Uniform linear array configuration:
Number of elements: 48
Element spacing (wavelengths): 0.5
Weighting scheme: exponential
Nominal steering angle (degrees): -15
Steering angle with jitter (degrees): -13.723
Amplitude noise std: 0.05
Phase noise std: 0.05

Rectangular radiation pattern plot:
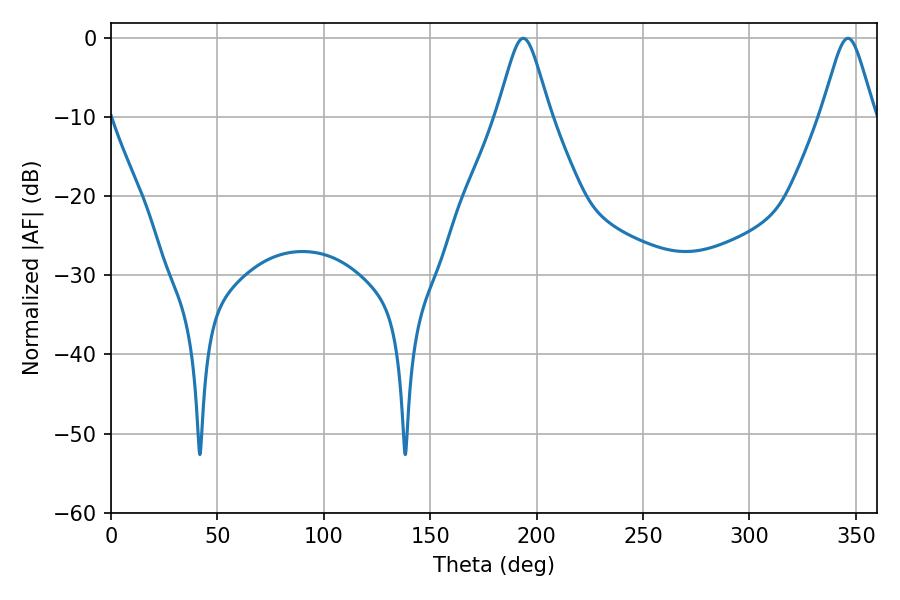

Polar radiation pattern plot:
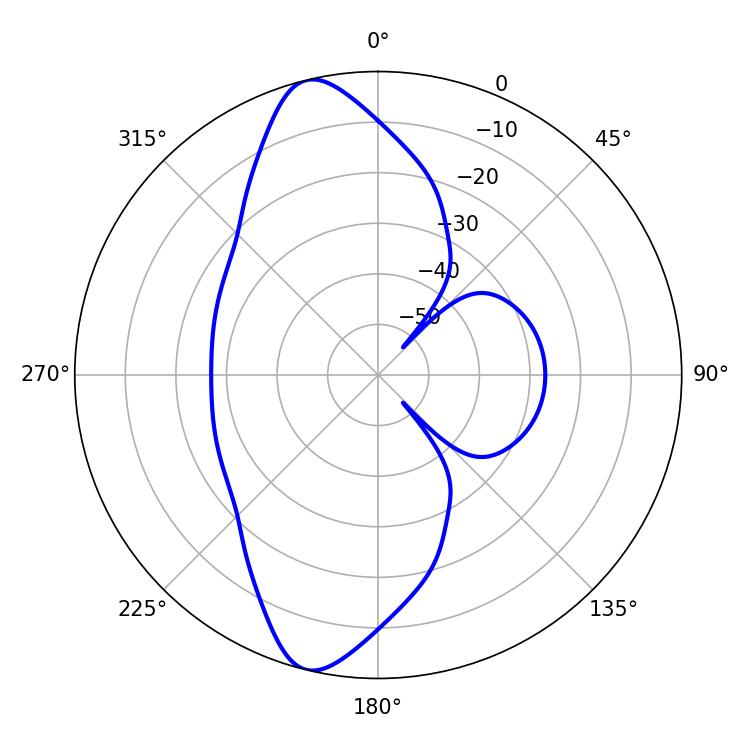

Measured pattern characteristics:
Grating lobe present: FALSE
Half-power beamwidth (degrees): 11.88
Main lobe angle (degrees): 193.68